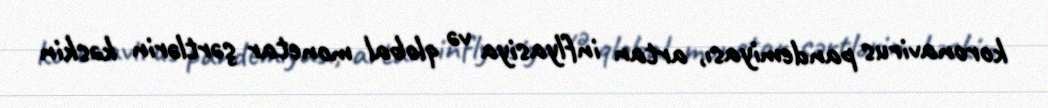
koronavirus pandemiyası, artan inflyasiya və qlobal monetar şərtlərin kəskin